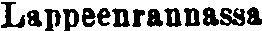
Lappeenrannassa